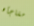
مفاجأه